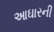
આઘારની